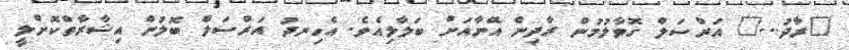
"ރާދު..." އަރްސަލް ގޮވާލުމުން ރާދިން އޭނާއަށް ބަލާލިއެވެ. އެހިނދު އަރްސަލް ބޮލުން އިޝާރާތްކޮށްލީ